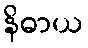
နိဓာယ